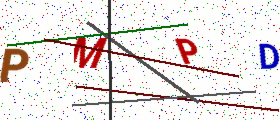
Text: PMPD